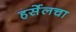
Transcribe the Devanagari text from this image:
हर्सेलचा